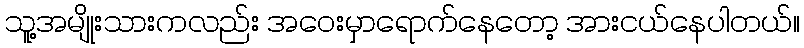
သူ့အမျိုးသားကလည်း အဝေးမှာရောက်နေတော့ အားငယ်နေပါတယ်။